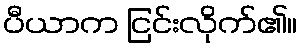
ပီယာက ငြင်းလိုက်၏။